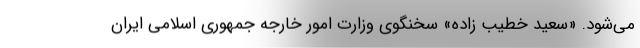
می‌شود. «سعید خطیب ‌زاده» سخنگوی وزارت امور خارجه جمهوری اسلامی ایران